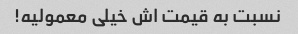
نسبت به قیمت اش خیلی معمولیه!